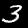
Label: 3